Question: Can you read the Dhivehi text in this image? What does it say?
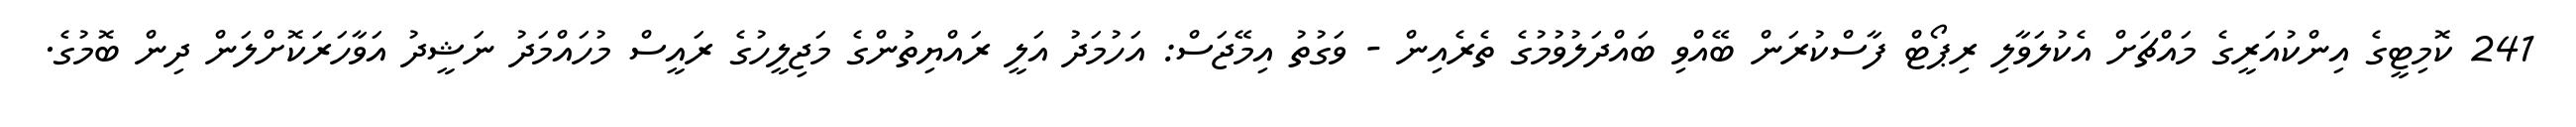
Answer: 241 ކޮމިޓީގެ އިންކުއަރީގެ މައްޗަށް އެކުލަވާލި ރިޕޯޓް ފާސްކުރަން ބޭއްވި ބައްދަލުވުމުގެ ތެރެއިން - ވަގުތު އިމޭޖަސް: އަހުމަދު އަލީ ރައްޔިތުންގެ މަޖިލީހުގެ ރައީސް މުހައްމަދު ނަޝީދު އަވާހަރަކޮށްލަން ދިން ބޮމުގެ.